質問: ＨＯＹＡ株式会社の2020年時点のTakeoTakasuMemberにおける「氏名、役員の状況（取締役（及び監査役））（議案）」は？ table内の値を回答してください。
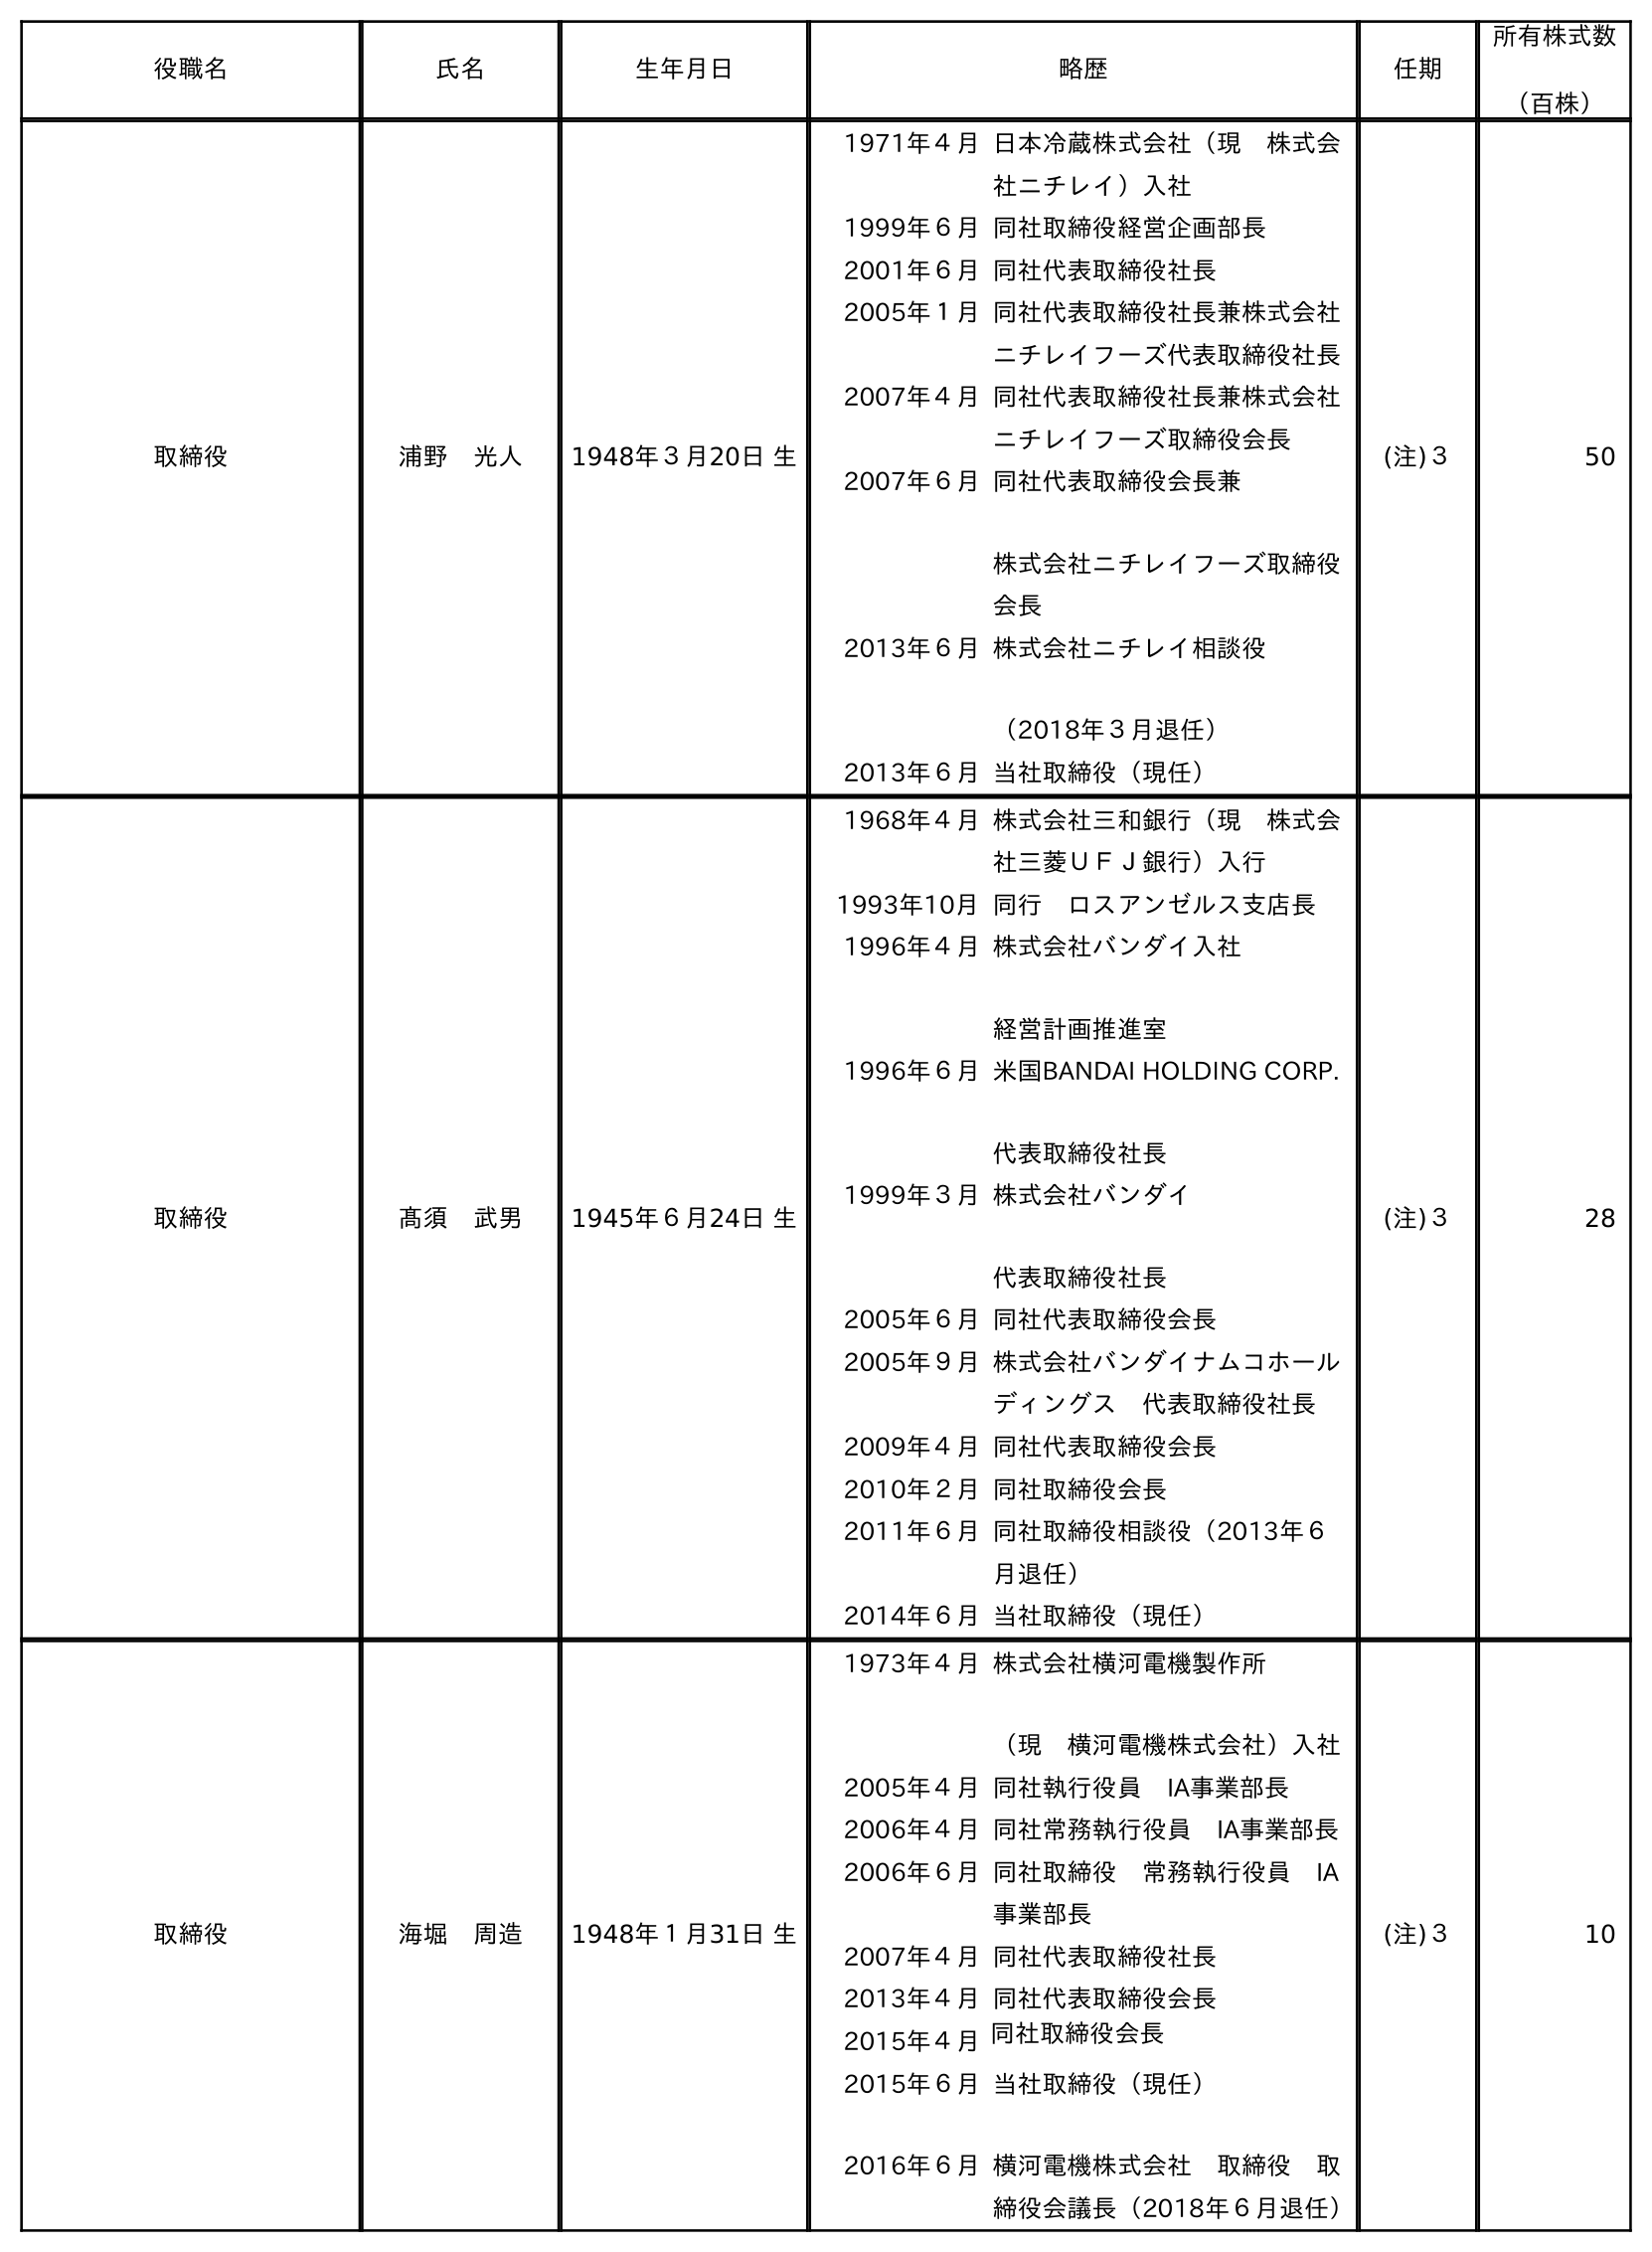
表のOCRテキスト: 役職名 氏名 生年月日 略歴 任期 所有株式数 （百株） 取締役 浦野 光人 1948年３月20日 生 1971年４月日本冷蔵株式会社（現 株式会 社ニチレイ）入社 1999年６月同社取締役経営企画部長 2001年６月同社代表取締役社長 2005年１月同社代表取締役社長兼株式会社 ニチレイフーズ代表取締役社長 2007年４月同社代表取締役社長兼株式会社 ニチレイフーズ取締役会長 2007年６月同社代表取締役会長兼 株式会社ニチレイフーズ取締役 会長 2013年６月株式会社ニチレイ相談役 （2018年３月退任） 2013年６月当社取締役（現任） (注)３ 50 取締役 髙須 武男 1945年６月24日 生 1968年４月株式会社三和銀行（現 株式会 社三菱ＵＦＪ銀行）入行 1993年10月同行 ロスアンゼルス支店長 1996年４月株式会社バンダイ入社 経営計画推進室 1996年６月米国BANDAI HOLDING CORP. 代表取締役社長 1999年３月株式会社バンダイ 代表取締役社長 2005年６月同社代表取締役会長 2005年９月株式会社バンダイナムコホール ディングス 代表取締役社長 2009年４月同社代表取締役会長 2010年２月同社取締役会長 2011年６月同社取締役相談役（2013年６ 月退任） 2014年６月当社取締役（現任） (注)３ 28 取締役 海堀 周造 1948年１月31日 生 1973年４月株式会社横河電機製作所 （現 横河電機株式会社）入社 2005年４月同社執行役員 IA事業部長 2006年４月同社常務執行役員 IA事業部長 2006年６月同社取締役 常務執行役員 IA 事業部長 2007年４月同社代表取締役社長 2013年４月同社代表取締役会長 2015年４月同社取締役会長 2015年６月 2016年６月 当社取締役（現任） 横河電機株式会社 取締役 取 締役会議長（2018年６月退任） (注)３ 10
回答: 髙須　武男